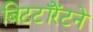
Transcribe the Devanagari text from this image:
बिटटॉरेंटने